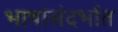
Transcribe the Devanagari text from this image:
भाषांसंदर्भात